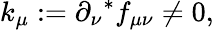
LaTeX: k_{\mu}:=\partial_{\nu}{}^{*}f_{\mu\nu}\not=0,